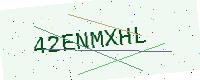
Text: 42ENMXHL